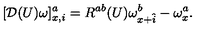
[ { \cal D } ( U ) \omega ] _ { x , i } ^ { a } = R ^ { a b } ( U ) \omega _ { x + \hat { i } } ^ { b } - \omega _ { x } ^ { a } .